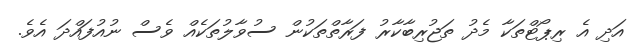
އަދި އެ ރިޕޯޓްތަކާ މެދު ތަޖުރިބާކާރު ފަރާތްތަކުން ސުވާލުތަކެއް ވެސް ނުއުފައްދަ އެވެ.